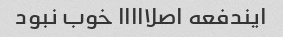
ایندفعه اصلااااا خوب نبود